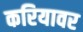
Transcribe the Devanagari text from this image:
करियावर